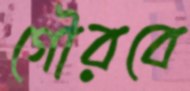
গৌরবে